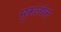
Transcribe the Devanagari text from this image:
मुकलॉक